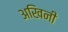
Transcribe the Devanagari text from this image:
अखिनी